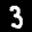
Label: 3